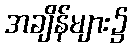
အချိန်များ၌